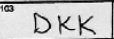
Transcription: DKK